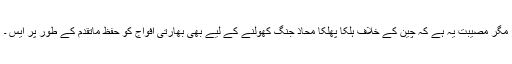
مگر مصیبت یہ ہے کہ چین کے خلاف ہلکا پھلکا محاذ جنگ کھولنے کے لیے بھی بھارتی افواج کو حفظ ماتقدم کے طور پر ایس ۔